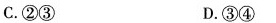
C.②③ D.③④